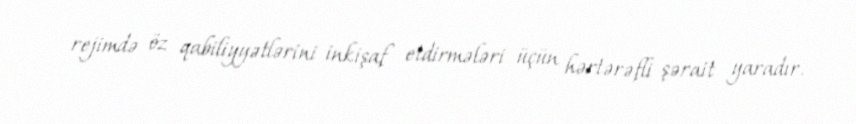
rejimdə öz qabiliyyətlərini inkişaf etdirmələri üçün hərtərəfli şərait yaradır.